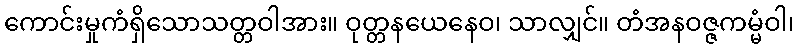
ကောင်းမှုကံရှိသောသတ္တဝါအား။ ဝုတ္တနယေနေဝ၊ သာလျှင်။ တံအနဝဇ္ဇကမ္မံဝါ၊